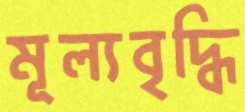
মূল্যবৃদ্ধি